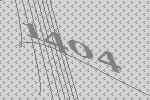
1404